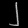
Digit: ၂